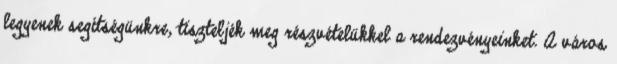
legyenek segítségünkre, tiszteljék meg részvételükkel a rendezvényeinket. A város